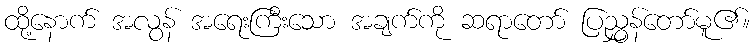
ထို့နောက် အလွန် အရေးကြီးသော အချက်ကို ဆရာတော် ပြညွှန်တော်မူ၏။